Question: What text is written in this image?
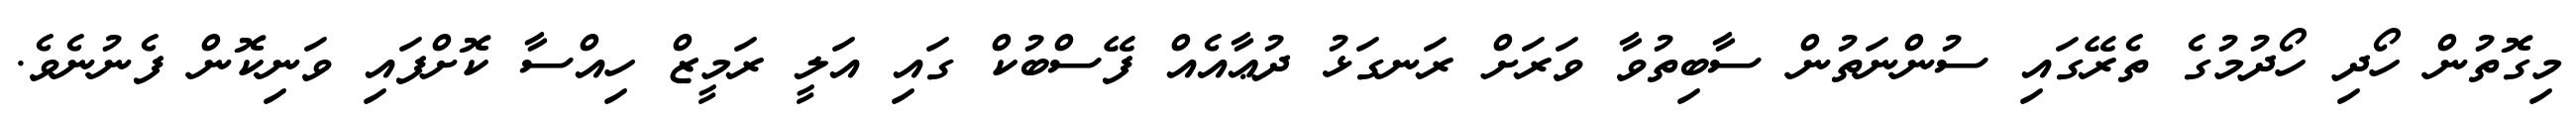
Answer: މިގޮތުން ހޯދި ހޯދުމުގެ ތެރޭގައި ސުންނަތުން ސާބިތުވާ ވަރަށް ރަނގަޅު ދުޢާއެއް ފޭސްބުކް ގައި އަލީ ރަމީޒް ހިއްސާ ކޮށްފައި ވަނިކޮން ފެނުނެވެ.